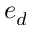
e _ { d }